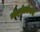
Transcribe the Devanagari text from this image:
नीटनेटकेपणे